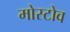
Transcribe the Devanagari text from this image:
मोस्टोव